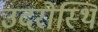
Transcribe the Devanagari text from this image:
उदरोस्थि